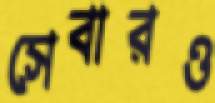
সেবারও